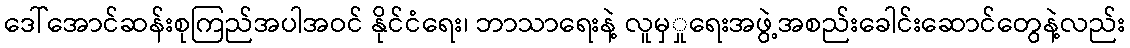
ဒေါ်အောင်ဆန်းစုကြည်အပါအဝင် နိုင်ငံရေး၊ ဘာသာရေးနဲ့ လူမှှုရေးအဖွဲ့အစည်းခေါင်းဆောင်တွေနဲ့လည်း